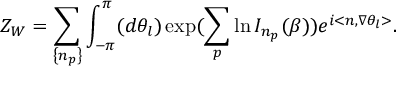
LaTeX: Z _ { W } = \sum _ { \left\{ n _ { p } \right\} } \int _ { - \pi } ^ { \pi } ( d \theta _ { l } ) \exp ( \sum _ { p } \ln I _ { n _ { p } } ( \beta ) ) e ^ { i < n , \nabla \theta _ { l } > } .